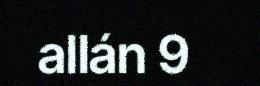
allán 9